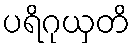
ပရိဂုယှတိ